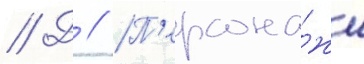
// Д // П'ерсона́жи